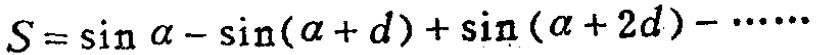
\(S = \sin\alpha-\sin(\alpha + d)+\sin(\alpha + 2d)-\cdots\)